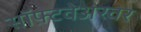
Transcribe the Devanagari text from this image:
सॉफ़्टवेअरवर